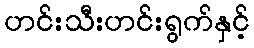
ဟင်းသီးဟင်းရွက်နှင့်